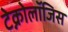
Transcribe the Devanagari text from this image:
टेक्नोलॉजिस